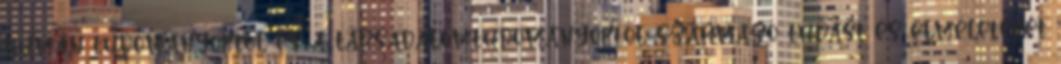
humán tudományoktól és a társadalomtudományoktól származó tudást és elméleteket